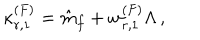
\kappa _ { r , 1 } ^ { ( F ) } = \hat { m } _ { f } + w _ { r , 1 } ^ { ( F ) } \Lambda \, ,